Report on vaccination proceedings throughout the Government of Bengal -
Year: 1868
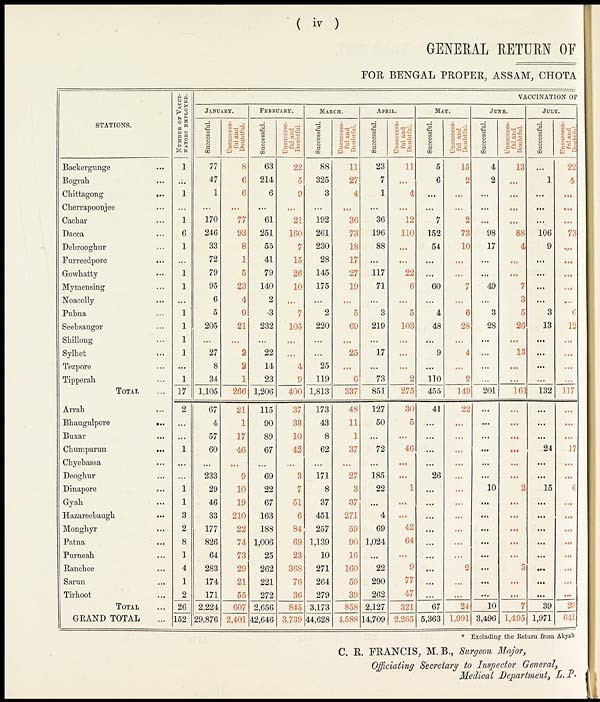
( iv )
GENERAL RETURN OF
FOR BENGAL PROPER, ASSAM, CHOTA
STATIONS.
Backergunge...
Bograh...
Chittagong...
Cherrapoonjee... ...
Cachar... ...
Dacca... ...
Debrooghur... ...
Furreedpore... ...
Gowhatty... ...
Mymensing... ...
Noacolly... ...
Pubna... ...
Seebsaugor... ...
Shillong... ...
Sylhet... ...
Tezpore... ...
Tipperah... ...
TOTAL. . .
Arrah... ...
Bhaugulpore...
...
Buxar... ...
Chumparun...
...
Chyebassa... ...
Deoghur... ...
Dinapore...
...
Gyah... ...
Hazareebaugh... ...
Monghyr ... ...
Patna... ...
Purneah... ...
Ranchee... ...
Sarun... ...
Tirhoot... ...
TOTAL. . .
GRAND TOTAL...
NUMBER OF VACCI-
NATORS EMPLOYED.
1
...
1
...
1
6
1
...
1
1
...
1
1
1
1
...
1
17
2
...
...
1
...
...
1
1
3
2
8
1
4
1
2
26
152
VACCINATION OF
JANUARY.
Successful.
77
47
1
...
170
246
33
72
79
95
6
5
205
...
27
8
34
1,105
67
4
57
60
...
233
29
46
33
177
826
64
283
174
171
2,224
29,876
Unsuccess-
ful and
Doubtful.
8
6
6
...
77
93
8
1
5
23
4
9
21
...
2
2
1
266
21
1
17
46
...
9
10
19
210
22
74
73
29
21
55
607
2,401
FEBRUARY.
Successful.
63
214
6
...
61
251
55
41
79
140
2
3
232
...
22
14
23
1,206
115
90
89
67
...
69
22
67
163
188
1,006
25
262
221
272
2,656
42,646
Unsuccess-
ful and
Doubtful.
22
5
9
...
21
160
7
15
26
10
...
7
105
...
...
4
9
400
37
33
10
42
...
3
7
51
6
84
69
23
368
76
36
845
3,739
MARCH.
Successful.
88
325
3
...
192
261
230
28
145
175
...
2
220
...
...
25
119
1,813
173
43
8
62
...
171
8
37
451
257
1,139
10
271
264
279
3,173
44,628
Unsuccess-
ful and
Doubtful.
11
27
4
...
36
73
18
17
27
19
...
5
69
...
25
...
6
337
48
11
1
37
...
27
3
37
271
59
90
16
160
59
39
858
4,588
APRIL.
Successful.
23
7
1
...
36
196
88
...
117
71
...
3
219
...
17
...
73
851
127
50
...
72
...
185
22
...
4
69
1,024
...
22
290
262
2,127
14,709
Unsuccess-
ful and
Doubtful.
11
...
4
...
12
110
...
...
22
6
...
5
103
...
...
...
2
275
30
5
...
46
...
...
1
...
...
42
64
...
9
77
47
321
2,265
MAY.
Successful.
5
6
...
...
7
152
54
...
...
60
...
4
48
...
9
...
110
455
41
...
...
...
...
26
...
...
...
...
...
...
...
...
...
67
5,363
Unsuccess-
ful and
Doubtful.
15
2
...
...
2
73
10
...
...
7
...
6
28
...
4
...
2
149
22
...
...
...
...
...
...
...
...
...
...
...
2
...
...
24
1,991
JUNE.
Successful.
4
2
...
...
...
98
17
...
...
49
...
3
28
...
...
...
...
201
...
...
...
...
...
...
10
...
...
...
...
...
...
...
...
10
3,496
Unsuccess-
ful and
Doubtful.
13
...
...
...
...
88
4
...
...
7
3
5
26
...
15
...
...
161
...
...
...
...
...
...
2
...
...
...
...
...
5
...
...
7
1,495
JULY.
Successful.
...
1
...
...
...
106
9
...
...
...
...
3
13
...
...
...
...
132
...
...
...
24
...
...
15
...
...
...
...
...
...
...
...
39
1,971
Unsuccess-
ful
and
Doubtful.
22
4
...
...
...
73
...
...
...
...
...
6
12
...
...
...
...
117
...
...
...
17
...
...
6
...
...
...
...
...
...
...
...
23
641
* Excluding the Return from Akyab
C. R. FRANCIS, M. B., Surgeon Major,
Officiating Secretary to Inspector General,
Medical Department, L. P.